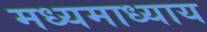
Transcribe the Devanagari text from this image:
मध्यमाध्याय